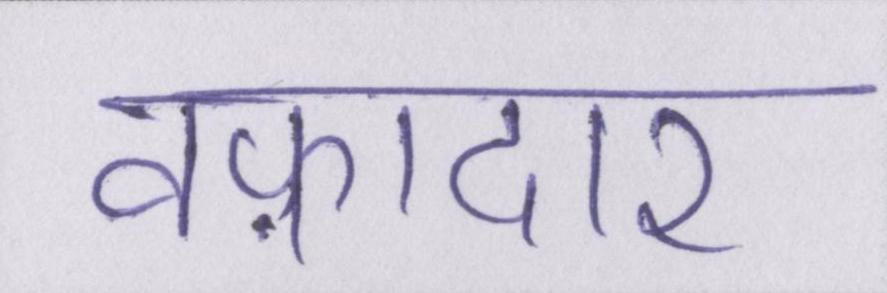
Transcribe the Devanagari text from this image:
वफ़ादार